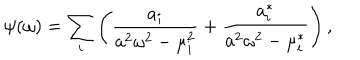
LaTeX: \psi ( \omega ) = \sum _ { i } \left( { \frac { a _ { i } } { a ^ { 2 } \omega ^ { 2 } - \mu _ { i } ^ { 2 } } } + { \frac { a _ { i } ^ { * } } { a ^ { 2 } \omega ^ { 2 } - \mu _ { i } ^ { * } } } \right) ,